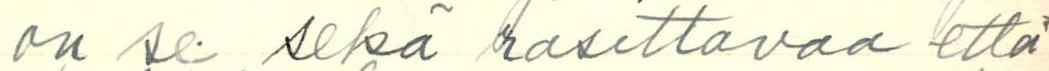
on se sekä rasittavaa että